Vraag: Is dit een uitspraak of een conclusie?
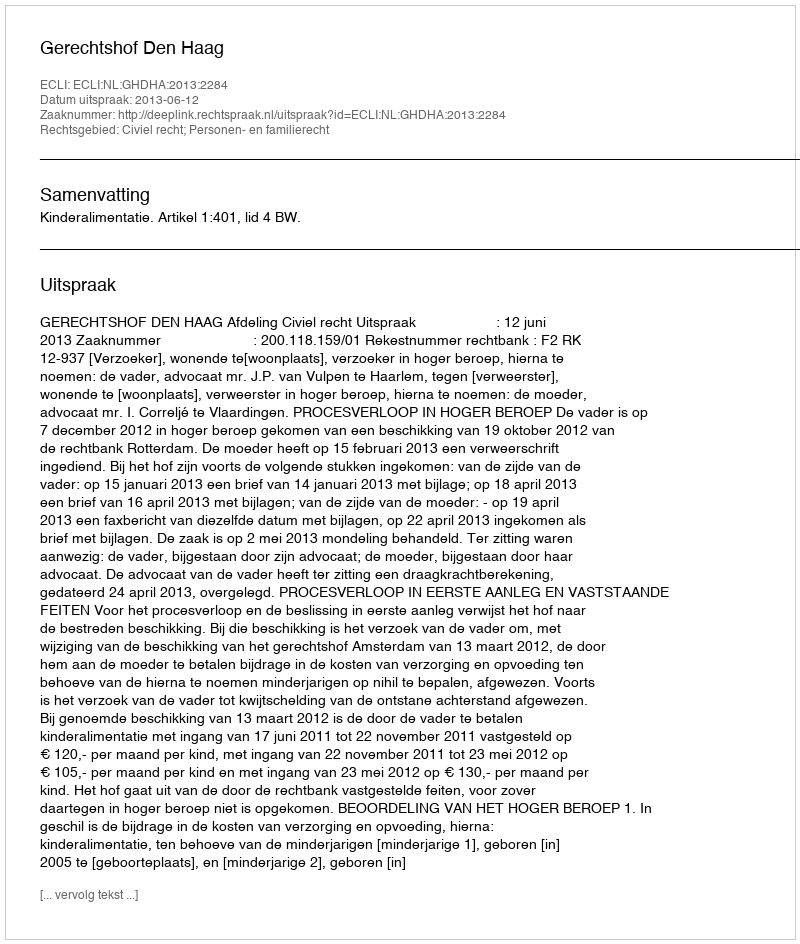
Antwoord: Uitspraak